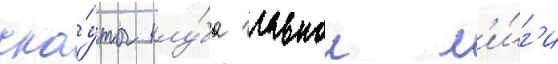
ска́уты клу́ба главнои л'и́г'и